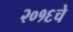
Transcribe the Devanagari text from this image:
२०१६चे